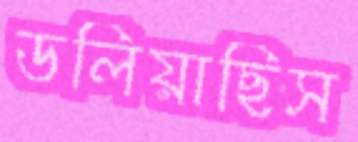
ডলিয়াছিস